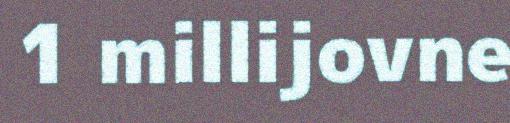
1 millijovne